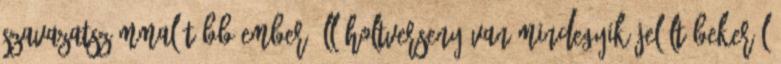
szavazatszámmal több ember áll holtverseny van mindegyik jelölt bekerül